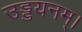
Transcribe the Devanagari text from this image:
उड्डयनम्।